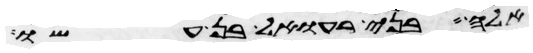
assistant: ואלה בני רעואל בן עשו